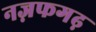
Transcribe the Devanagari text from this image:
नज़फगढ़